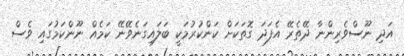
އަދި ނޫސްވެރިންނާ ދޭތެރޭ އެފަދަ ގޮތަކަށް ކަންކުރުމަކީ ބަލައިގަނެވޭނޭ ކަމެއް ނޫންކަމުގައި ވެސް